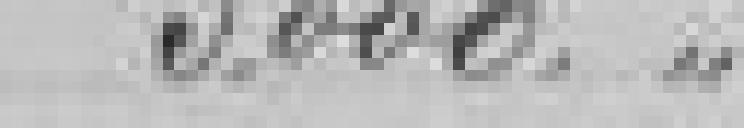
3000